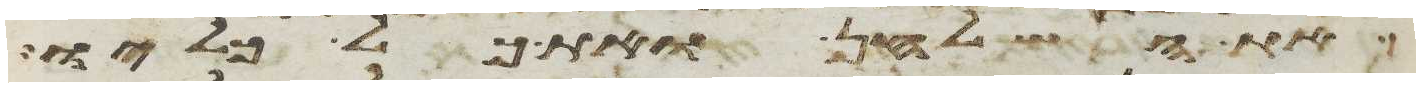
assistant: את השלחן ואת כל כליו